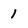
Character: 1